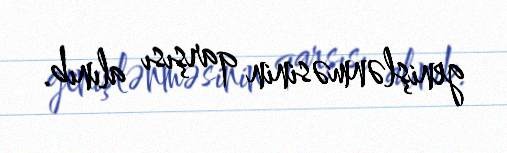
genişlənməsinin qarşısı alınıb.